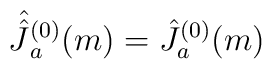
\hat{\hat{J\hspace{.045in}^{}}}\hspace{-.05in}^{(0)}_a(m)=\hat{J}^{(0)}_a(m)